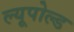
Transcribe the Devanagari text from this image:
ल्यूपोल्ड